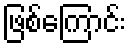
ဖြစ်ကြောင်း